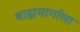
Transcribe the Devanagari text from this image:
बाह्यमार्गाला